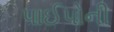
પાઈપોની